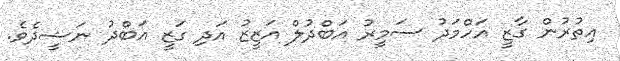
އިތުރުން ގާޒީ އަހްމަދު ސަމީރު އަބްދުލް އަޒީޒު އަދި ގަޒީ އަބްދު ނަޝީދެވެ.